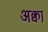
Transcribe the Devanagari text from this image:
अक्वा